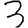
Digit: 3